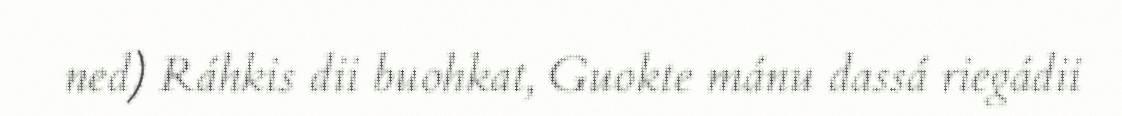
ned) Ráhkis dii buohkat, Guokte mánu dassá riegádii